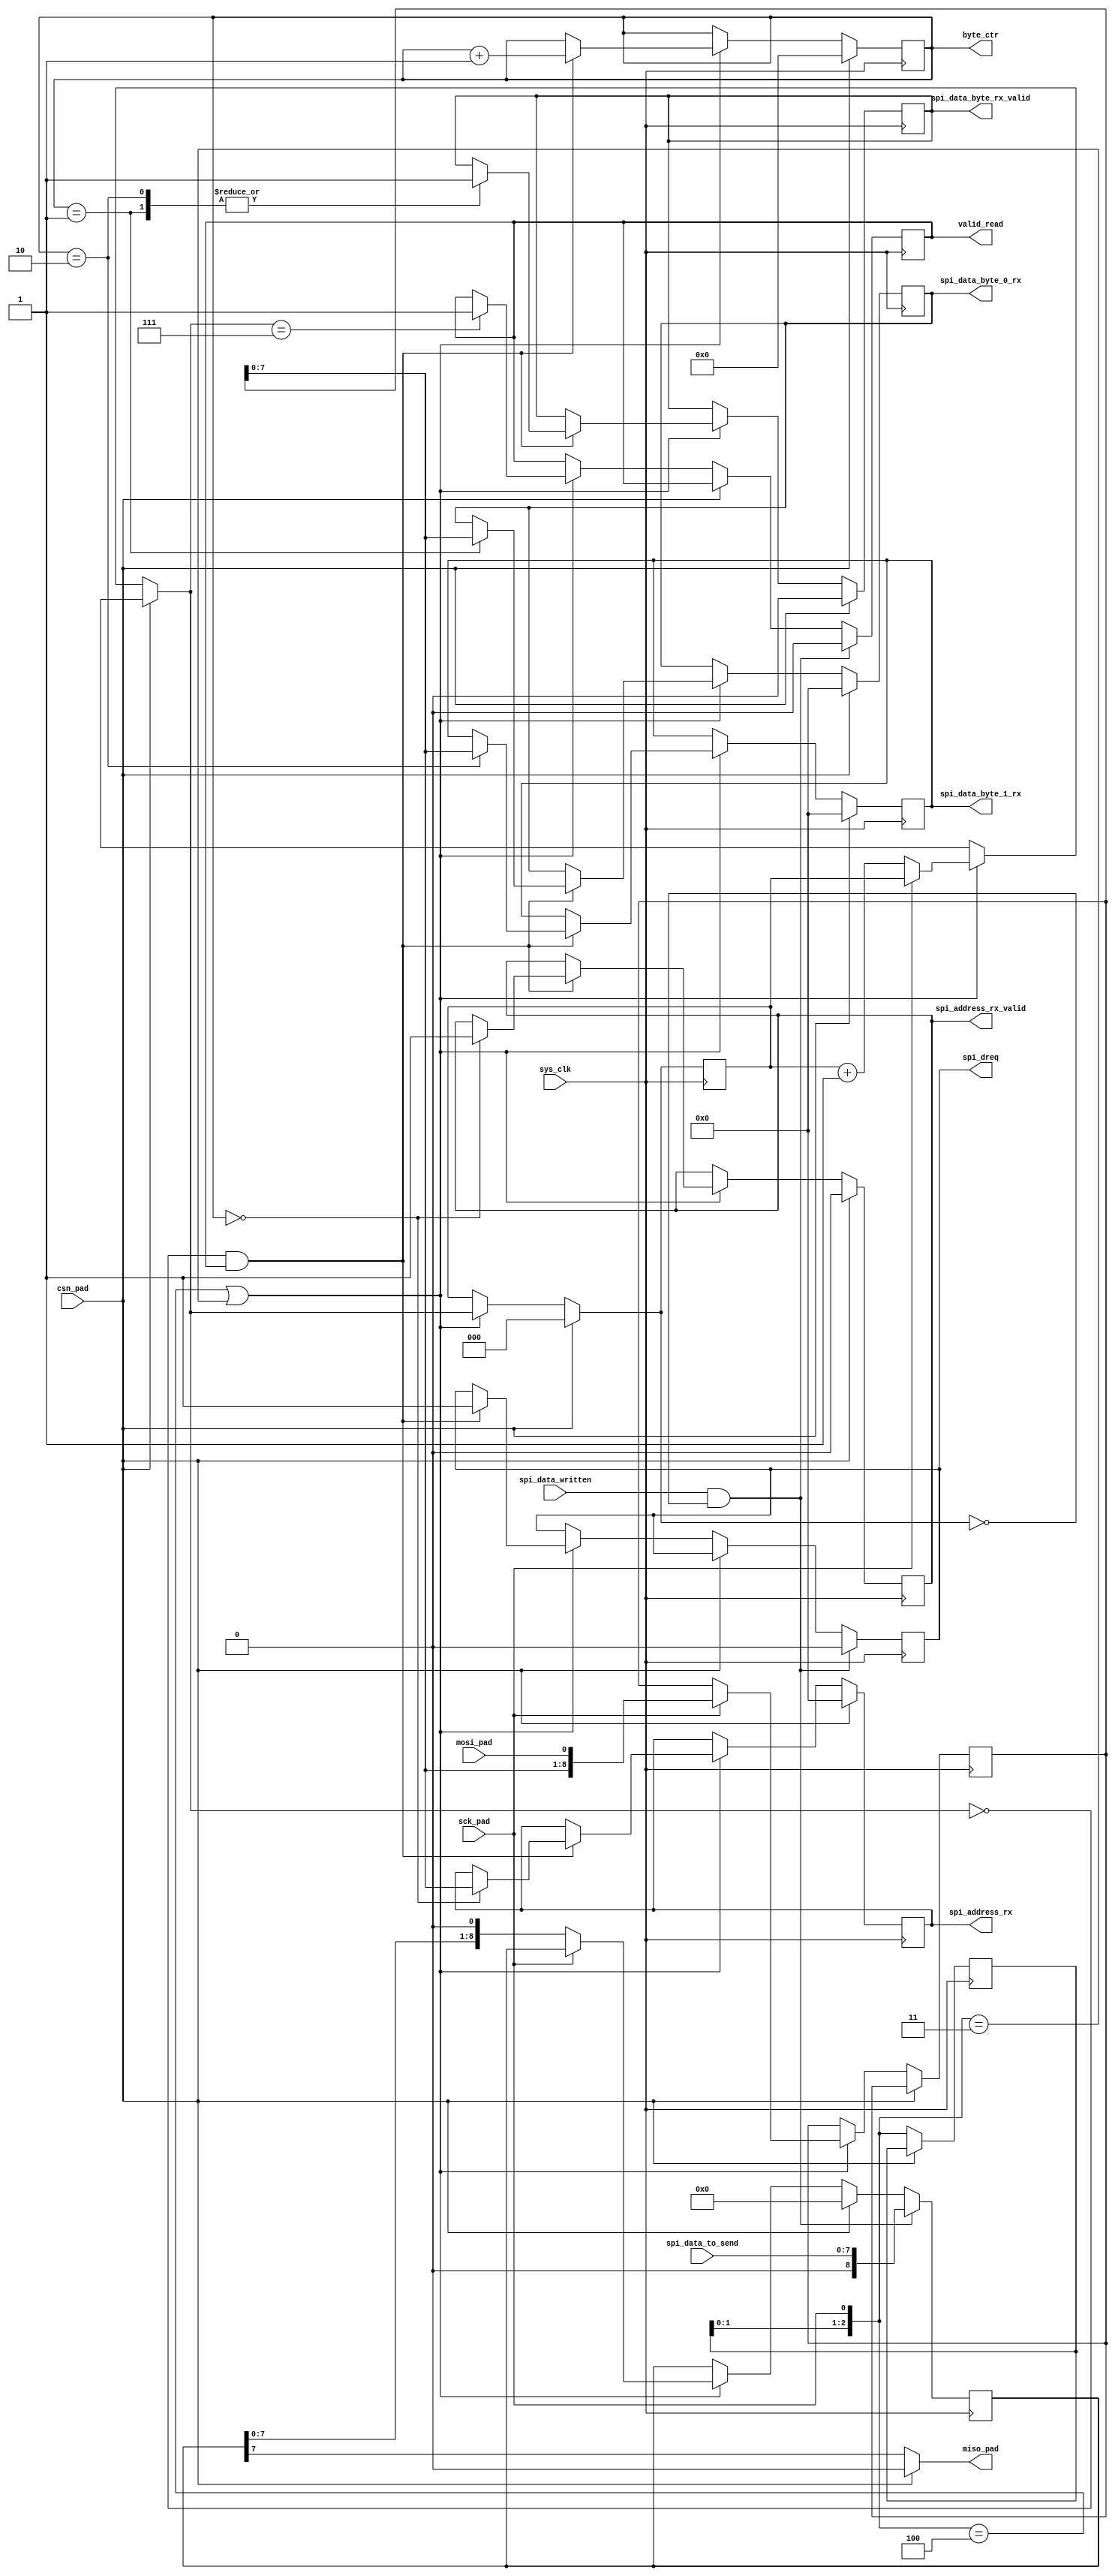
module spi_single_clk
#(
    parameter BYTE_W = 8
)
(
    input sys_clk,

    input csn_pad,
    input sck_pad,
    input mosi_pad,
    output wire miso_pad,

    input spi_data_written,
    input [(BYTE_W - 1):0]spi_data_to_send,
    output reg [(BYTE_W - 1):0]spi_address_rx,
    output reg [(BYTE_W - 1):0]spi_data_byte_0_rx,
    output reg [(BYTE_W - 1):0]spi_data_byte_1_rx,
    output reg spi_address_rx_valid,
    output reg spi_data_byte_rx_valid,

    output reg spi_dreq,
    output reg valid_read,

    // up to 64 buffers can be requested
    output reg [5:0]byte_ctr
);

/*
    SPI Dreq indicates a transfer has completed,
        both new data is ready and new data must be written
*/


    reg [2:0]sck_edge_detector;

    reg [(BYTE_W):0]TX_SHIFT;       // MISO
    reg [(BYTE_W):0]RX_SHIFT;       // MOSI

    reg [2:0]shift_counter;

    assign miso_pad = (csn_pad) ? 1'b0 : TX_SHIFT[7];

    //reg [1:0]byte_ctr;

    initial begin
        spi_dreq = 1'b0;
        spi_address_rx = {(BYTE_W){1'b0}};
        spi_data_byte_0_rx = {(BYTE_W){1'b0}};
        spi_data_byte_1_rx = {(BYTE_W){1'b0}};
        spi_address_rx_valid = 1'b0;
        spi_data_byte_rx_valid = 1'b0;

        sck_edge_detector = 3'b000;

        valid_read = 1'b0;

        TX_SHIFT = {(BYTE_W + 1){1'b0}};
        RX_SHIFT = {(BYTE_W + 1){1'b0}};

        shift_counter = 0;

        byte_ctr = 0;
    end


    always @ (posedge sys_clk) begin
        if(!csn_pad) begin          // CS Asserted
            sck_edge_detector = {sck_edge_detector[1], sck_edge_detector[0], sck_pad};

            if((sck_edge_detector == 3'b100) ||
                (sck_edge_detector == 3'b011)) begin

                if(sck_pad) begin            // RISING Event
                    RX_SHIFT <= {RX_SHIFT[(BYTE_W - 1):0], mosi_pad};
                  //  RX_SHIFT = RX_SHIFT;
                  //  RX_SHIFT[0] = mosi_pad;
                    // More byte writes aren't valid
                    //valid_read <= 1'b0;
                end

                if(!sck_pad) begin            // FALLING Event
                    TX_SHIFT <= TX_SHIFT << 1;
                    shift_counter = shift_counter + 1;
                end
            
                if(shift_counter == 0 && valid_read) begin
                    casez (byte_ctr)
                        6'b000000: begin
                            spi_address_rx <= RX_SHIFT;
                            byte_ctr <= byte_ctr + 1;
                            spi_address_rx_valid <= 1'b1;
                        end

                        6'b000001: begin
                            spi_data_byte_0_rx <= RX_SHIFT;
                            byte_ctr <= byte_ctr + 1;
                            spi_data_byte_rx_valid <= 1'b1;
                        end

                        6'b000010: begin
                            spi_data_byte_1_rx <= RX_SHIFT;
                            byte_ctr <= byte_ctr + 1;
                            spi_data_byte_rx_valid <= 1'b1;
                        end

                        6'b??????: begin
                            byte_ctr <= byte_ctr + 1;
                        end
                    endcase

                    //spi_data_rx <= RX_SHIFT;
                    spi_dreq <= 1'b1;
                end

                if(shift_counter == 3'b111) begin
                    // Reads as input are now valid
                    valid_read <= 1'b1;
                end
            end
        end
        else begin      // CS Deassert
            shift_counter <= 0;
            TX_SHIFT <= {(BYTE_W + 1){1'b0}};
            byte_ctr <= 6'b000000;
            spi_address_rx_valid <= 1'b0;
            spi_data_byte_rx_valid <= 1'b0;

            spi_address_rx <= {(BYTE_W){1'b0}};
            spi_data_byte_0_rx <= {(BYTE_W){1'b0}};
            spi_data_byte_1_rx <= {(BYTE_W){1'b0}};
        end

        //if(spi_data_written && shift_counter == 0 && valid_read) begin
        if(spi_data_written && shift_counter == 0) begin
            TX_SHIFT <= {1'b0, spi_data_to_send};
            //TX_SHIFT <= {spi_data_to_send, 1'b0};
            spi_dreq <= 1'b0;

            // Only valid once
            valid_read <= 1'b0;
        end

    end

endmodule